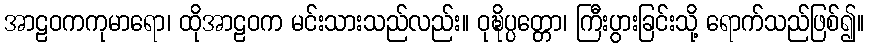
အာဠဝကကုမာရော၊ ထိုအာဠဝက မင်းသားသည်လည်း။ ဝုဍ္ဎိပ္ပတ္တော၊ ကြီးပွားခြင်းသို့ ရောက်သည်ဖြစ်၍။